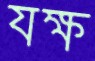
যক্ষ